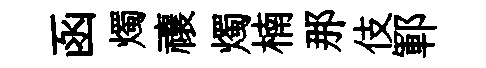
函燭禳燭楠那伎鄆